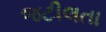
જટીલતા